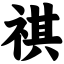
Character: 祺